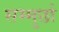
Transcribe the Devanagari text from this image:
सम्मुर्छा